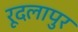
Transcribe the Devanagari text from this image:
रूदलापुर